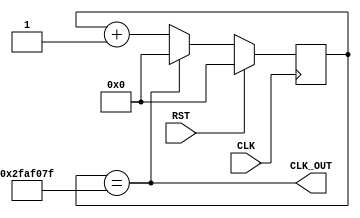
module clock_gen_1hz(
    input CLK, RST,
    output CLK_OUT
);

reg [25:0] cnt;

always @(posedge CLK) begin
    if(RST)
        cnt <= 26'b0;
    else if(CLK_OUT)
        cnt <= 26'b0;
    else
        cnt <= cnt + 26'b1;
 end

 assign CLK_OUT = (cnt==26'd49_999_999);


 endmodule